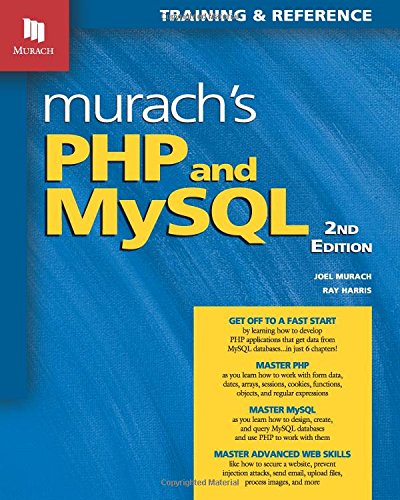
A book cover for Murach's PHP and MySQL, 2nd Edition; Joel Murach; Computers & Technology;